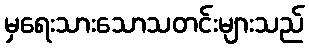
မှရေးသားသောသတင်းများသည်